Annual report on the lock hospitals of the Madras Presidency
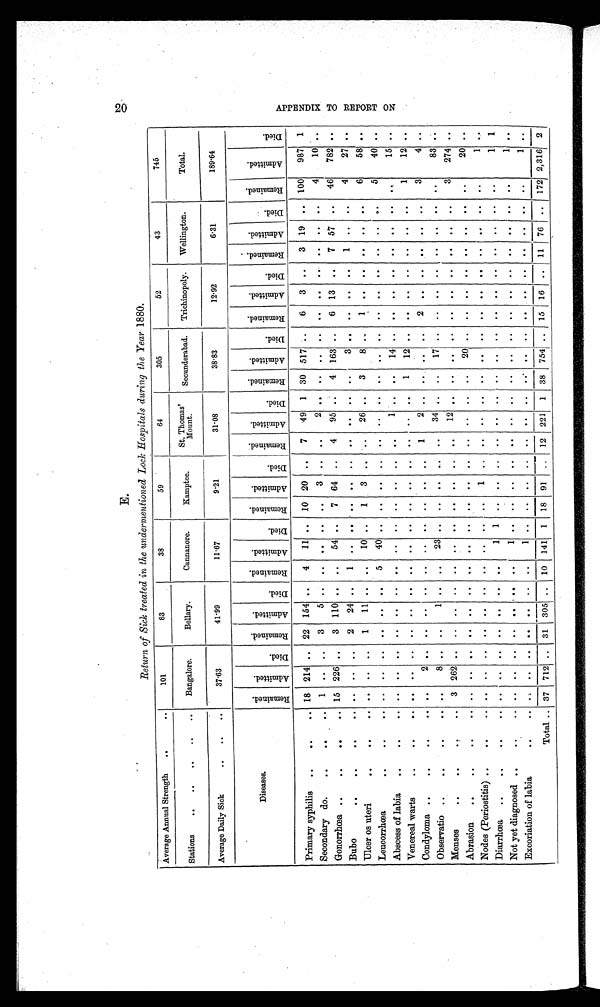
E.
2 0
Return of Sick treated in the undermentioned Lock Hospitals during the Year 1880.
Average Annual Strength . .. .
101
83
38
59
64
305
52
43
745
Stations
..
. . .. .. ..
Bangalore.
Bellary.
Cannanore.
Kamptee.
St . Thomas'
Mount.
Secunderabad. Trichinopoly. Wellington.
Total.
Average Daily Sick
. .. .. .
37.63
41.99
1 1 . 6 7
9.21
31.08
38.83
12.92
6.31
1 8 9 . 6 4
Diseases.
R e m a i n e d .
A d m i t t e d .
Di e d .
R e m a i n e d .
A d m i t t e d .
D i e d .
R e m a i n e d . A d m i t t e d .
Di e d .
R e m a i n e d . A d m i t t e d .
D i e d .
R e m a i n e d .
A d m i t t e d .
D i e d .
R e m a i n e d .
A d m i t t e d .
D i e d .
R e m a i n e d . Admi t t e d.
Di ed.
R e m a i n e d .
A d m i t t e d .
D i e d .
R e m a i n e d . A d m i t t e d .
Di e d.
Primary syphilis
..
.. 18 214 .. 22 154 .. 4 11 .. 10 20
. . 7 49 1 30 517 ..
6 3
. . 3 19 .. 100 987 1
Secondary do.
.
.
1
. . .. 3
5 . .
. .
. . . .
. . 3
. .
. .
2 .. ..
. . . .
. .
. . . .
. .
. . . .
4
10 . .
Gonorrhœa ... .. .
. . 15 226 . . 3 110 .. .. 54 . . 7 64 .. 4 95 .. 4 163 ..
6 13 .. 7 57
. . 46 782 ..
Bubo
. .. .. .. .
. .
. . .. 2 24 ..
1
. . . . ..
. .
. .
. . ..
. .
. .
3 ..
. .
. . . . 1
. . . .
4
27 ..
Ulcer os uteri
. .. .. .
. .
. . . . 1 11 . .
. . 10 ..
1 3
. .
. . 26 .. 3
8 ..
1
. . . .
. .
. . . .
6
58 . .
Leucorrhœa
. .. .. .
. .
. . . .
. .
. . . .
5 40 .. .. ..
. . .. .. . .
. . ..
. .
. .
. . . .
. .
. . . .
5
40 ..
Abscess of labia . .. .. .
. .
. . . .
. .
. . . .
. .
. . . .
. . ..
. .
. .
1 ..
. . 14 .. .. .. . .
. .
. . . . ..
15 . .
Venereal warts
. .. .. .
..
. . ..
. .
. . . .
. .
. . . .
. .
. .
. .
. . . . . . 1 12 . .
. .
. . . .
. .
. . . .
1
12 ..
Condyloma ..
. . . .. .
. .
2 . . ..
. . . . ..
. . ..
. .
. .
. . 1
2 ..
. .
. . . . 2
. . ..
. . . .
. .
3
4 ..
Observatio ..
. .. .. .
..
8 ..
. .
1 . .
. . 23 . .
. .
. .
. .
. . 34 . . .. 17 . .
. .
. . . .
. .
. . . .
. .
83 ..
Menses
. .. . ..
3 262 .. .. .. .. .. .. .. .. .. .. ..
12 . .
. .
. . ..
. .
. . . .
. . .. . .
3 274 ..
Abrasion. . . .. . ..
..
. . ..
..
. . . .
. .
. . .. ..
. . .. ..
. . .. .. 20 . .
. .
. . . . ..
. . ..
. .
20 ..
Nodes (Periostitis) ..
. . .
..
. . . .
. . ..
. .
. .
. . . .
. . 1 ..
. .
. . . .
. .
. . . .
. .
. . . .
. . . .
. . ..
1 . .
Diarrhœa ..
. .. .. .
. . . . . .
. .
. . . .
. .
1 1
. .
. . ..
. .
. . ..
. .
. . ..
. .
. . .
. . .. . .
. .
1 1
Not yet diagnosed ..
..
. . . . ..
. . .. ..
. .
. .
1 . .
. .
. .
. .
. .
. . . .
. .
. . . .
. .
. . . .
. .
. . ..
. .
1 ..
Excoriation of labia
. . ..
. .
. . . .
. .
. . . .
. .
1 . .
. .
. .
. .
. .
. . . .
. . . . . .
. .
. . . .
. .
. . . .
. .
1 ..
Total .. 37 712 .. 31 305 .. 10 141 1 18 91 ..
11 76 ..
12 221 1 38 754 .. 15 16 ..
172 2,316 2
A P P E N D I X T O R E P O R T O N